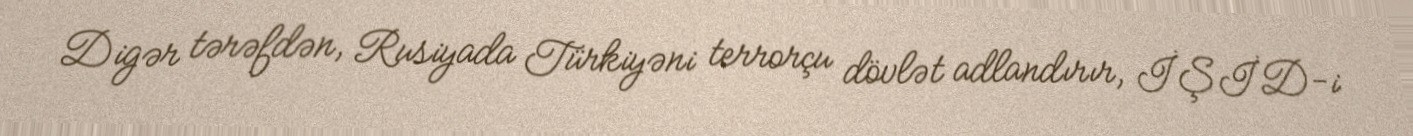
Digər tərəfdən, Rusiyada Türkiyəni terrorçu dövlət adlandırır, İŞİD-i